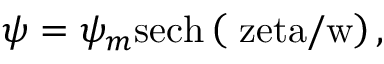
\psi = \psi _ { m } \mathrm { { s e c h } \left( \ z e t a / w \right) , }